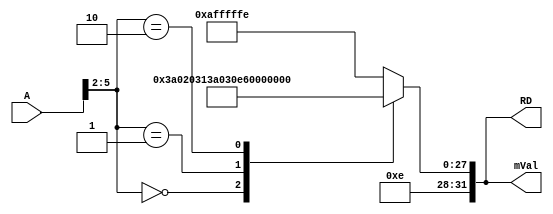
// imem.v

module imem(RD, mVal, A);
  output  [31:0]  RD, mVal; //mVal for displaying instruction machine code
  input   [31:0]  A;

  reg     [31:0]  RD;

  always @(A)
    case(A[5:2])
      4'b0000: RD = 32'hE3A0_2031;  //      MOV  R2, #0x31
      4'b0001: RD = 32'hE3A0_30E6;  //      MOV  R3, #0xE6
      4'b0010: RD = 32'hE022_2003;  //      EOR  R2, R2, R3
      default: RD = 32'hEAFF_FFFE;  // T3:  BAL  T3
    endcase
    
   assign mVal = RD;
endmodule